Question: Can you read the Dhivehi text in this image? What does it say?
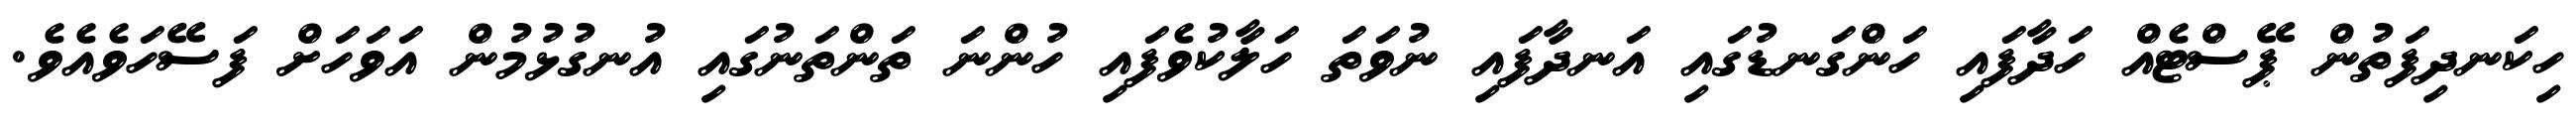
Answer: ހިކަނދިފަތުން ޕޭސްޓެއް ހަދާފައި ހަންގަނޑުގައި އަނދާފައި ނުވަތަ ހަލާކުވެފައި ހުންނަ ތަންތަނުގައި އުނގުޅުމުން އަވަހަށް ފަސޭހަވެއެވެ.